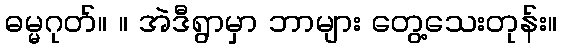
ဓမ္မဂုတ်။ ။ အဲဒီရွာမှာ ဘာများ တွေ့သေးတုန်း။